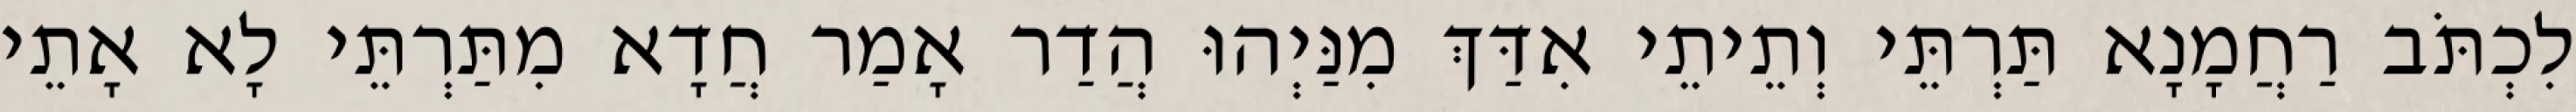
לִכְתֹּב רַחֲמָנָא תַּרְתֵּי וְתֵיתֵי אִדַּךְ מִנַּיְהוּ הֲדַר אָמַר חֲדָא מִתַּרְתֵּי לָא אָתֵי